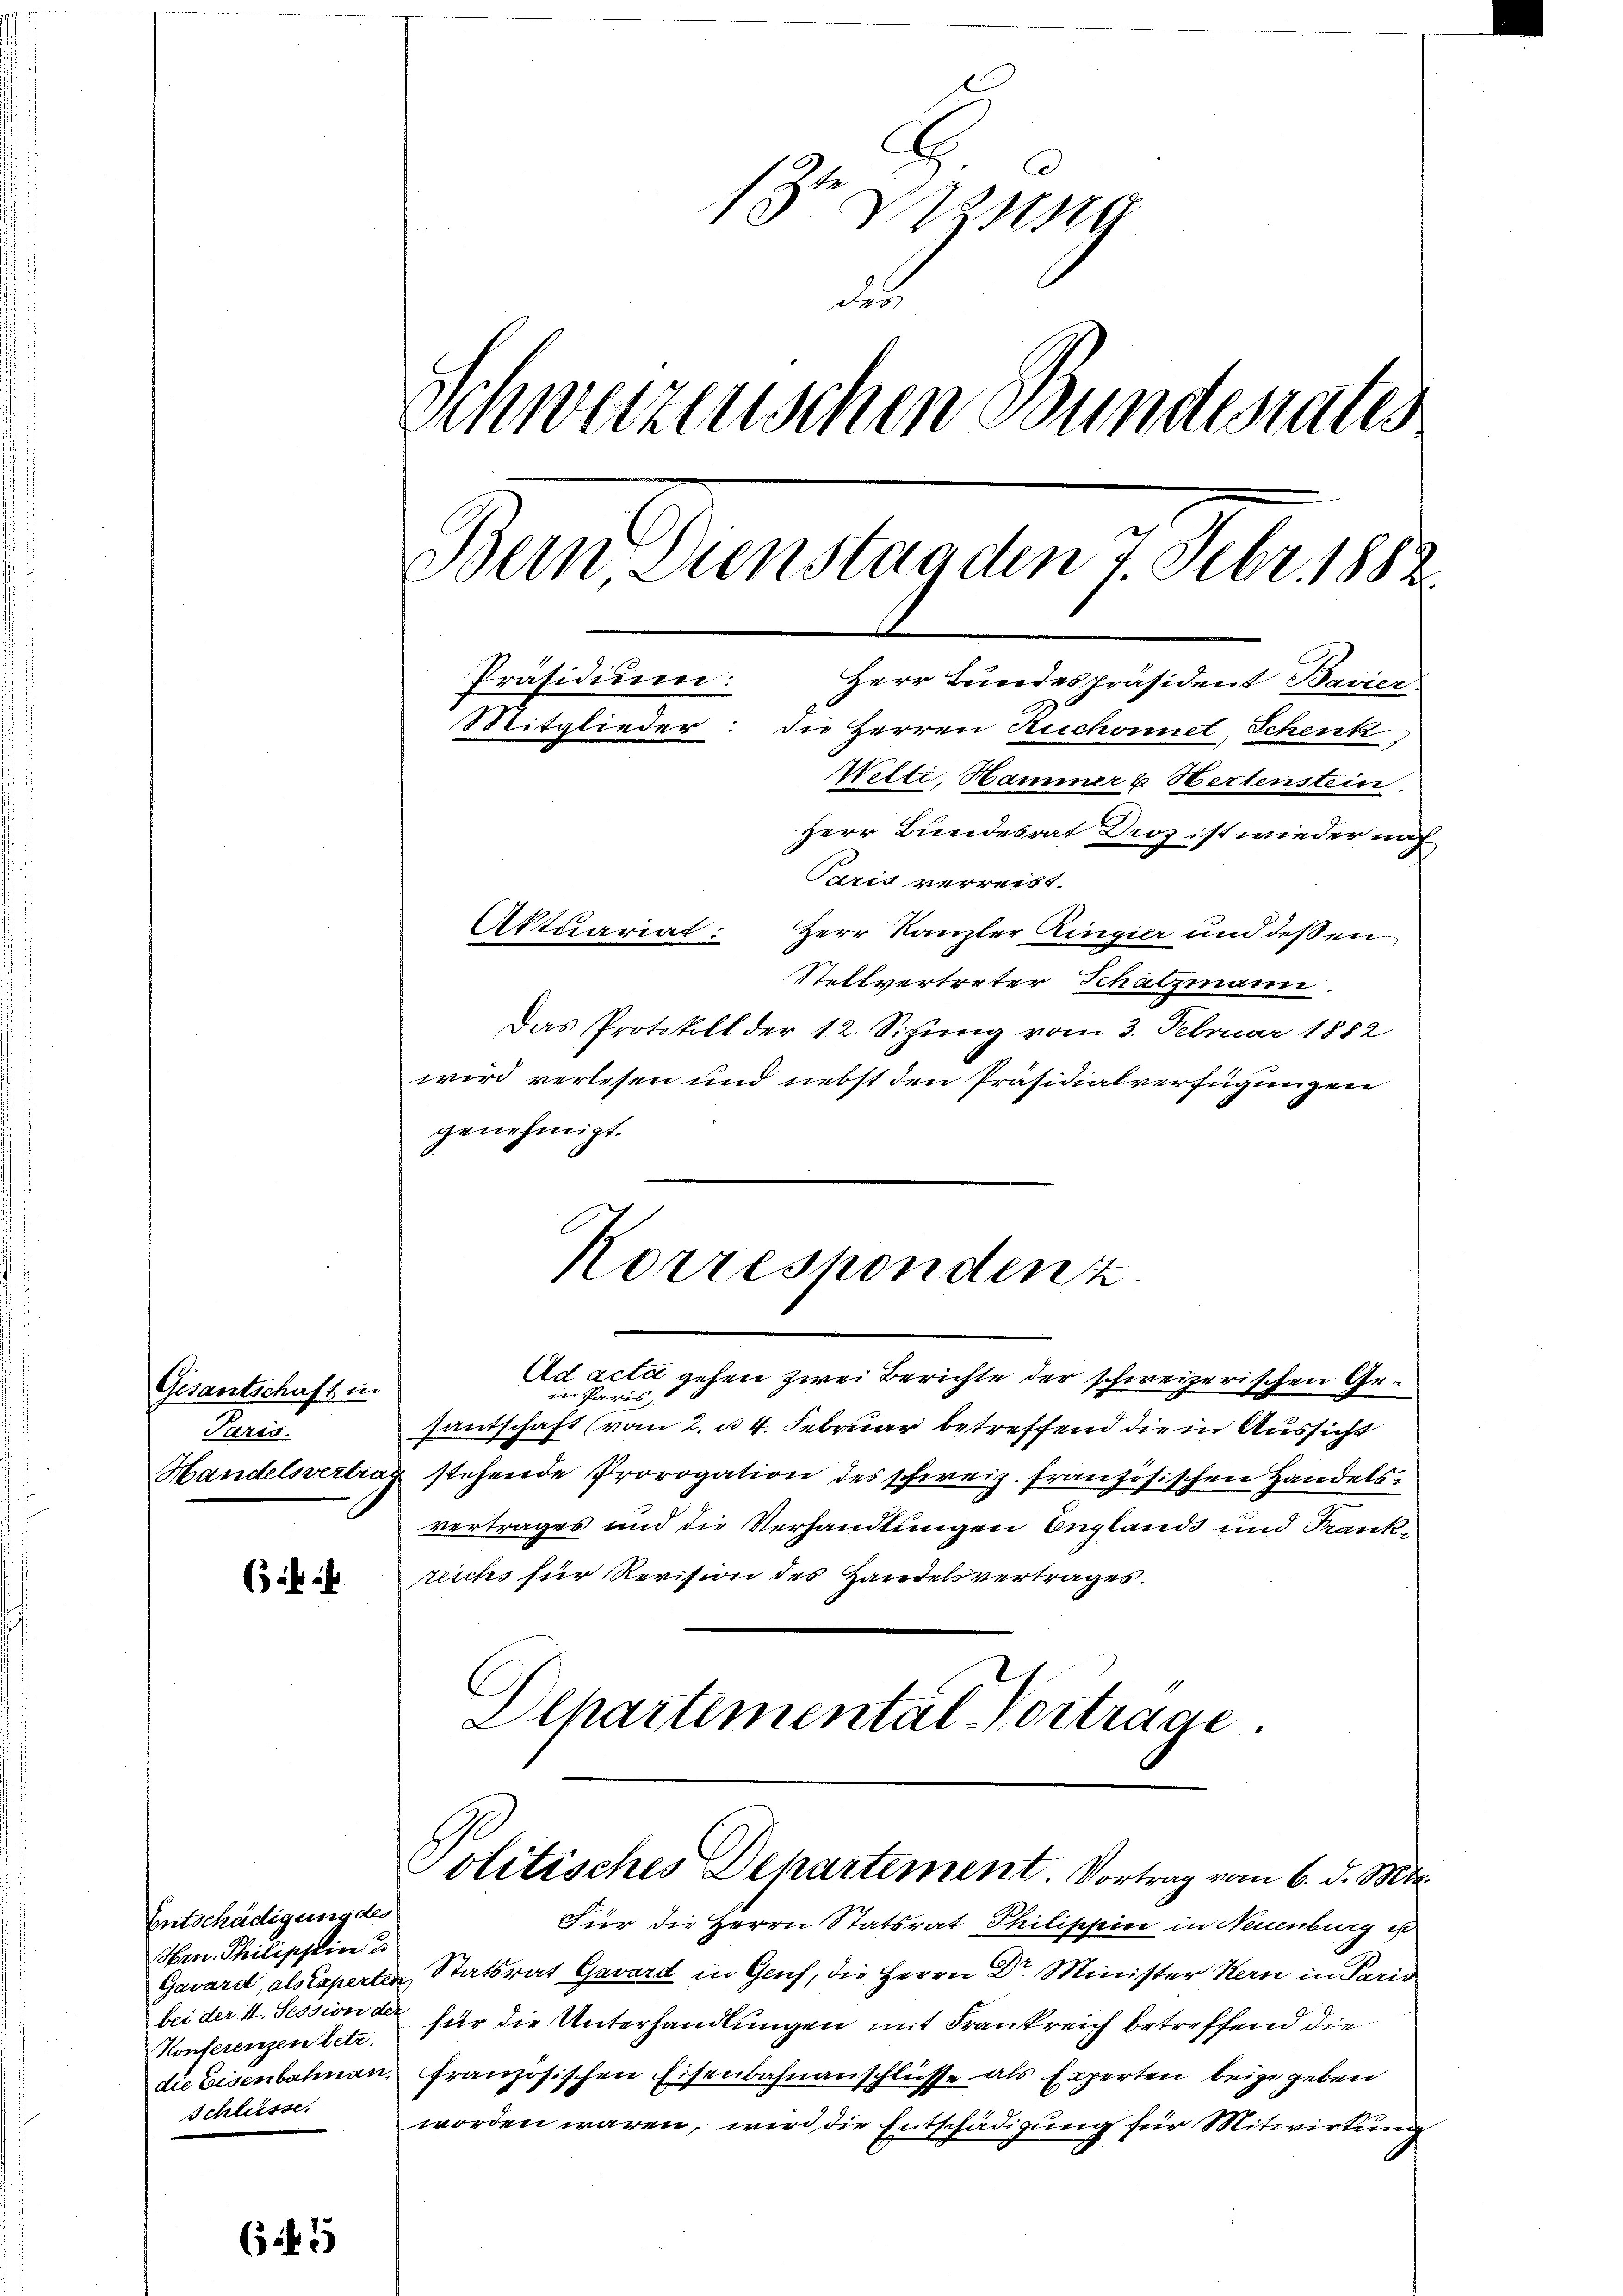
Gesantschaft in
Paris.

644

Entschädigung des
Hrn. Philischeinsa
Konferenzen betr.
Schlüsse.

6 f 5

g
des
Schweizenschen Bundesrates
Bein Dienstanden 7. Febr. 1882.
Präsidium:
Herr Bundespräsident Bavier
Mitglieder: die Herren Ruchonnet, Schenk,
Welti, Hammer & Hertenstein
Herr Bundesrat Droz ist wieder nach
Paris verreist.
Aktuariat: Herr Kanzler Zingier und deßen

Stellvertreter Schatzmann.
Das Protokoll der 12. Sitzung vom 3. Februar 1882
wird verlesen und nebst den Präsidialverfügungen
genehmigt.

Ad acti gehen zwei Berichte der schweizerischen Gein Paris,
santschaft (vom 2. u. 4. Februar betreffend die in Aussicht
Handelsvertrag stehende Prorogation des schweiz. französischen Handels
vertrages und die Verhandlungen England und Krankreichs für Revision des Handelsvertrages.
Departemental-Vortrage

Korrespondenz.

Politisches Departement. Vortrag vom 6. d. Mts.

Für die Herrn Statsrat Philippin in Neuenburg ist
Gavard, als Experten Statsrat Gavard in Genf, die Herrn Dr. Minister Kern in Paris
bei der II. Session der für die Unterhandlungen mit Frankreich betreffend die
die Eisenbahnen, französischen Eisenbahnanschlüsse als Experten beigegeben
worden wären, wird die Entschädigung für Mitwirkung